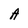
Character: A